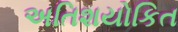
અતિશયોકિત